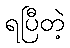
ရပြီတဲ့